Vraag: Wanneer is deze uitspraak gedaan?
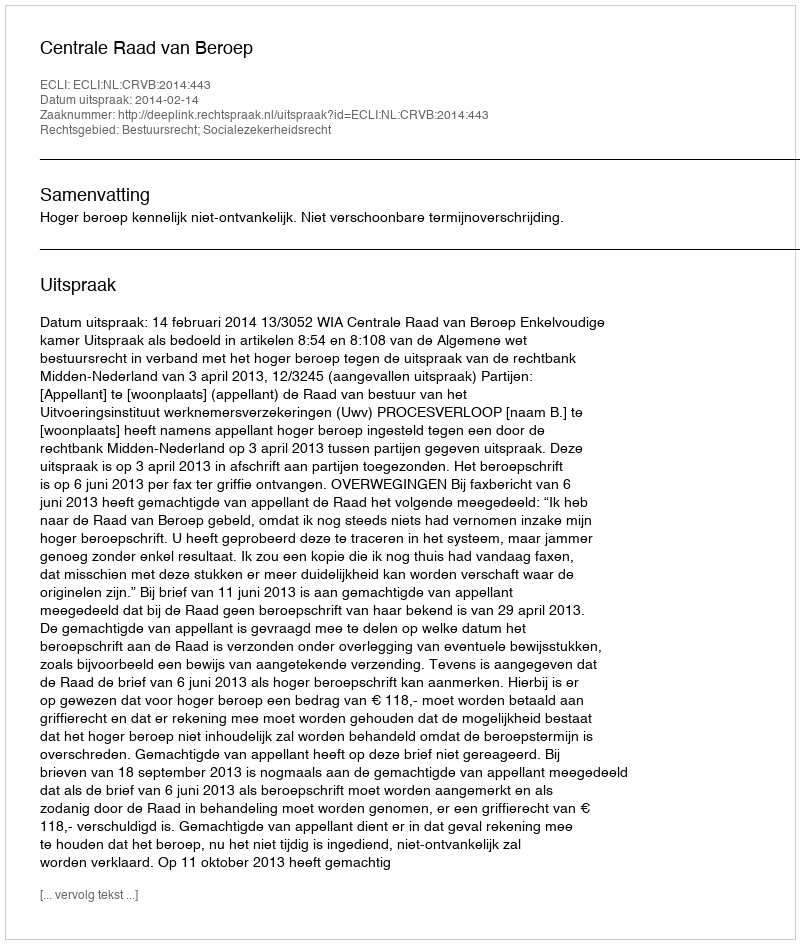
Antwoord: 2014-02-14